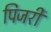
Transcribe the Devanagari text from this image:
पिजरी